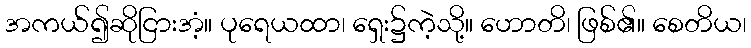
အကယ်၍ဆိုငြားအံ့။ ပုရေယထာ၊ ရှေး၌ကဲ့သို့။ ဟောတိ၊ ဖြစ်၏။ စေတိယ၊